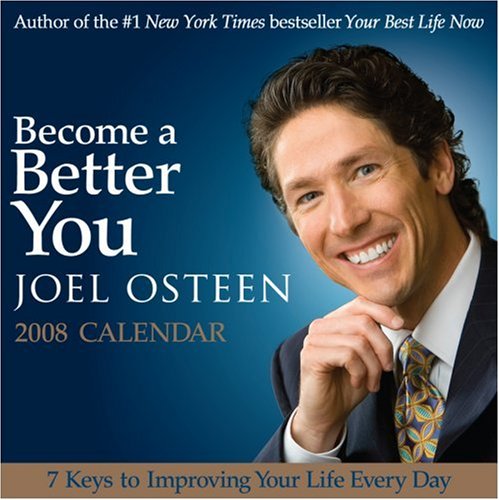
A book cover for Become A Better You: 2008 Day-to-Day Calendar; Joel Osteen; Calendars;